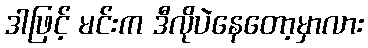
ဒါဖြင့် မင်းက ဒီလိုပဲနေတော့မှာလား